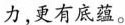
力，更有底蕴。